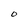
Character: O